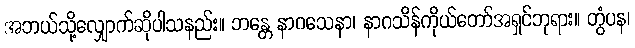
အဘယ်သို့လျှောက်ဆိုပါသနည်း။ ဘန္တေ နာဂသေနာ၊ နာဂသိန်ကိုယ်တော်အရှင်ဘုရား။ တွံပန၊